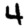
Digit: 4